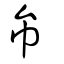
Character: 彛